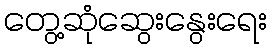
တွေ့ဆုံဆွေးနွေးရေး